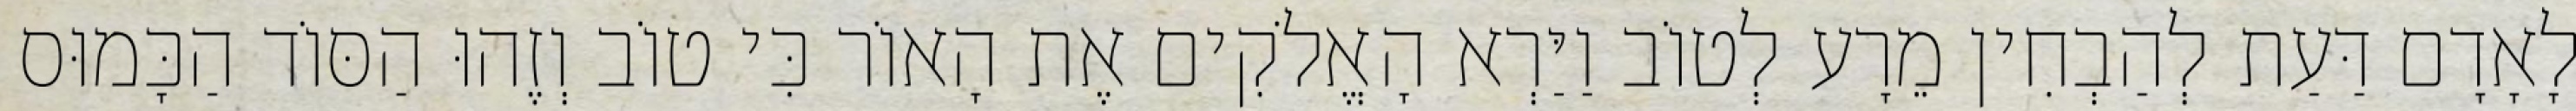
לָאָדָם דַּעַת לְהַבְחִין מֵרָע לְטוֹב וַיַּרְא הָאֱלֹקִים אֶת הָאוֹר כִּי טוֹב וְזֶהוּ הַסּוֹד הַכָּמוּס